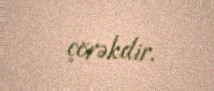
çörəkdir.